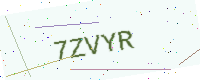
Text: 7ZVYR